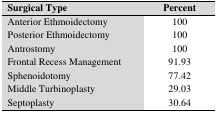
| Surgical Type | Percent |
 | --- | --- |
 | Anterior Ethmoidectomy | 100 |
 | Posterior Ethmoidectomy | 100 |
 | Antrostomy | 100 |
 | Frontal Recess Management | 91.93 |
 | Sphenoidotomy | 77.42 |
 | Middle Turbinoplasty | 29.03 |
 | Septoplasty | 30.64 |